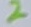
Text: 2